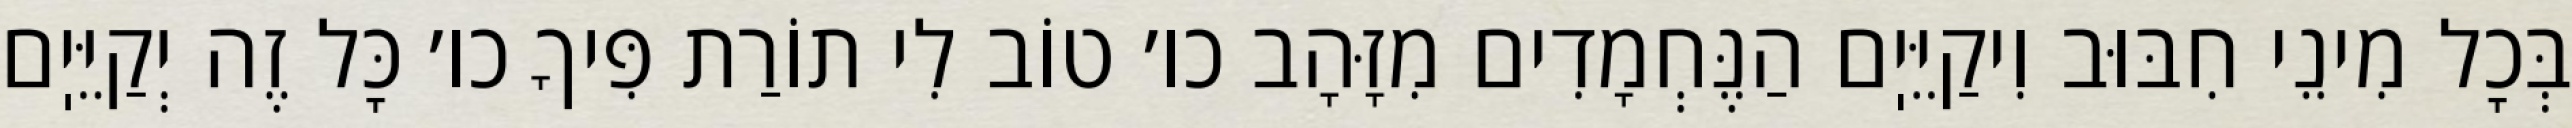
בְּכׇל מִינֵי חִבּוּב וִיקַיֵּיֽם הַנֶּחְמָדִים מִזָּהָב כו׳ טוֹב לִי תוֹרַת פִּיךָ כו׳ כׇּל זֶה יְקַיֵּיֽם